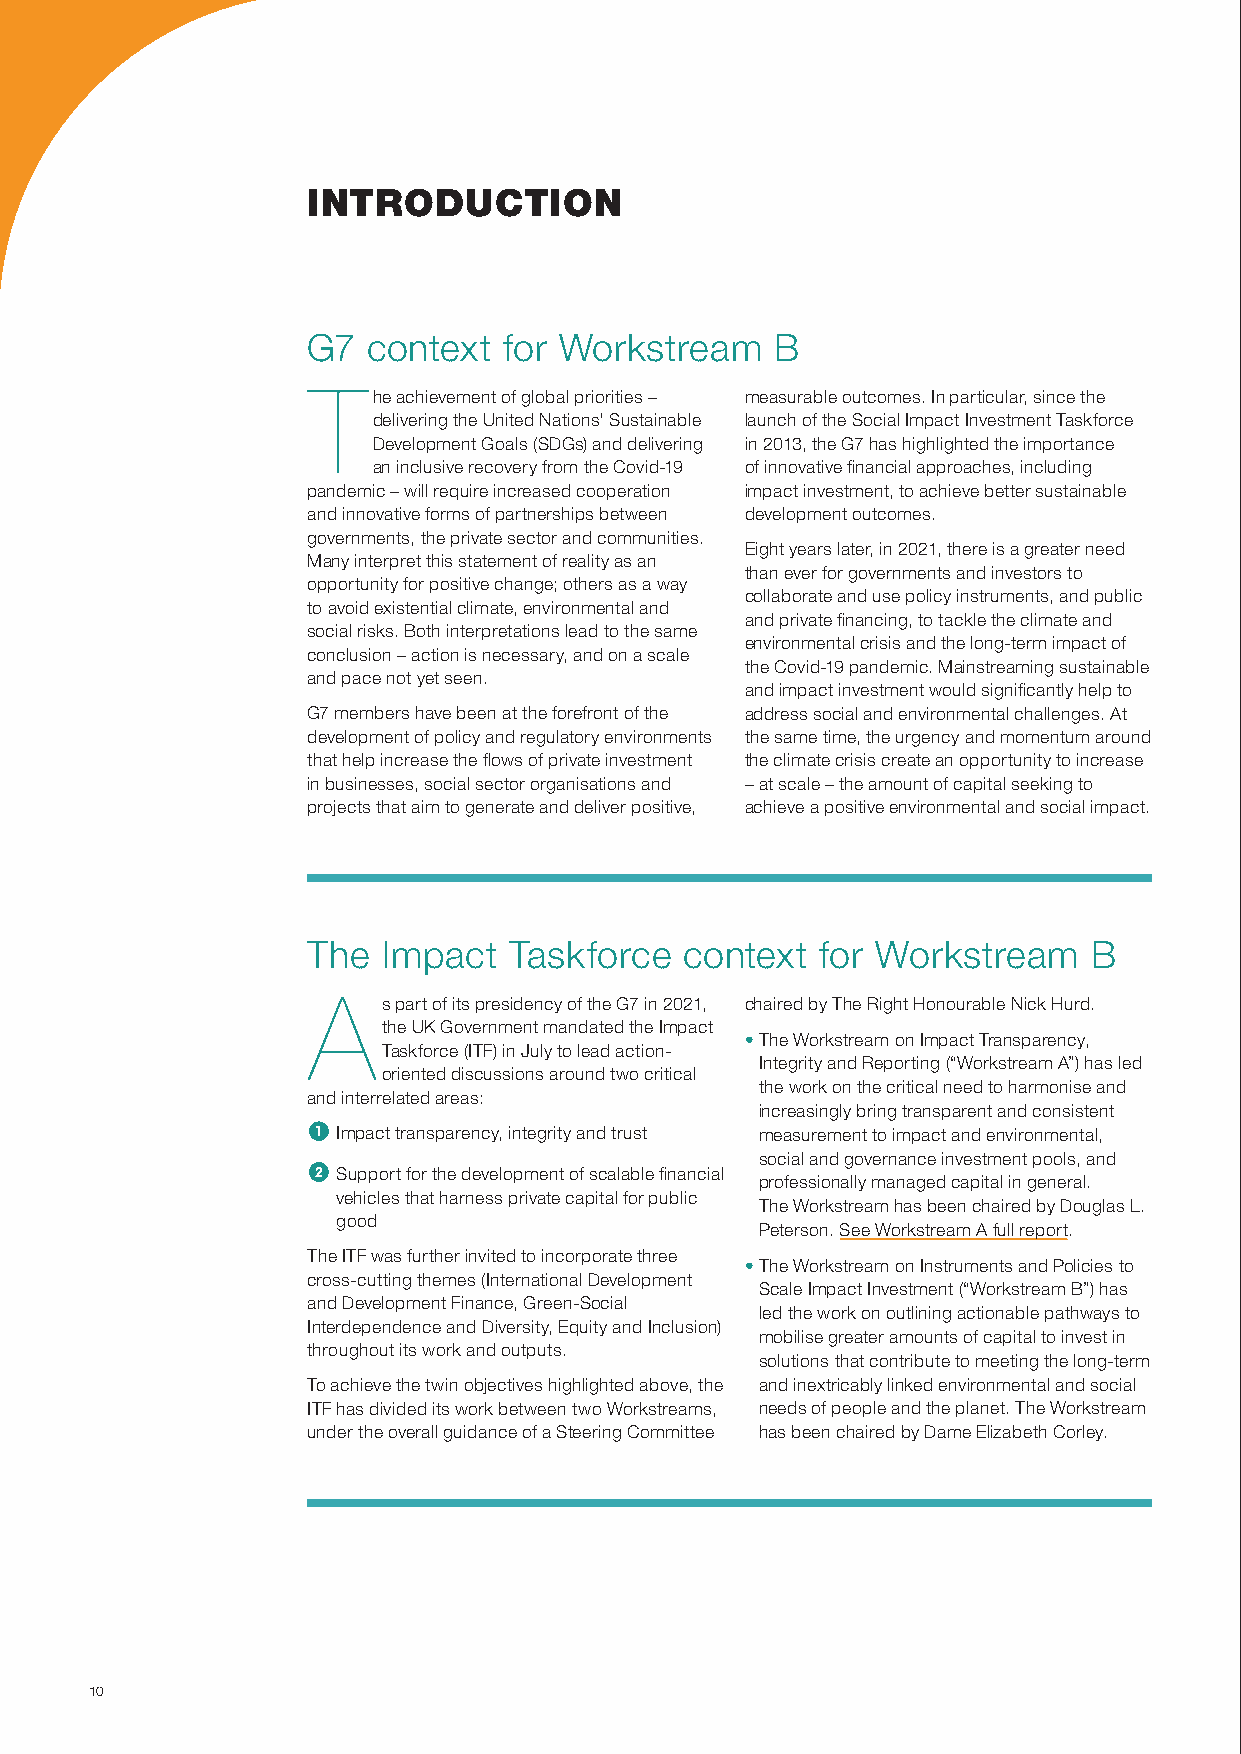
introduCtion
 G7  context  for Workstream    B
 T
 he achievement of global priorities – measurable outcomes. in particular, since the
 delivering the united nations' sustainable launch of the social impact investment taskforce
 development Goals (sdGs) and delivering in 2013, the G7 has highlighted the importance
 an inclusive recovery from the covid-19 of innovative financial approaches, including
 pandemic – will require increased cooperation impact investment, to achieve better sustainable
 and innovative forms of partnerships between development outcomes.
 governments, the private sector and communities.
 eight years later, in 2021, there is a greater need
 many interpret this statement of reality as an
 than ever for governments and investors to
 opportunity for positive change; others as a way
 collaborate and use policy instruments, and public
 to avoid existential climate, environmental and
 and private financing, to tackle the climate and
 social risks. Both interpretations lead to the same
 environmental crisis and the long-term impact of
 conclusion – action is necessary, and on a scale
 the covid-19 pandemic. mainstreaming sustainable
 and pace not yet seen.
 and impact investment would significantly help to
 G7 members have been at the forefront of the address social and environmental challenges. At
 development of policy and regulatory environments the same time, the urgency and momentum around
 that help increase the flows of private investment the climate crisis create an opportunity to increase
 in businesses, social sector organisations and – at scale – the amount of capital seeking to
 projects that aim to generate and deliver positive, achieve a positive environmental and social impact.
 the  impact   taskforce  context  for Workstream    B
 A
 s part of its presidency of the G7 in 2021, chaired by the right honourable nick hurd.
 the uK Government mandated the impact
 • the Workstream on impact transparency,
 taskforce (itF) in July to lead action-
 integrity and reporting (“Workstream A”) has led
 oriented discussions around two critical
 the work on the critical need to harmonise and
 and interrelated areas:
 increasingly bring transparent and consistent
 1 impact transparency, integrity and trust measurement to impact and environmental,
 social and governance investment pools, and
 2 support for the development of scalable financial
 professionally managed capital in general.
 vehicles that harness private capital for public
 the Workstream has been chaired by douglas L.
 good
 peterson. see Workstream A full report.
 the itF was further invited to incorporate three
 • the Workstream on instruments and policies to
 cross-cutting themes (international development
 scale impact investment (“Workstream B”) has
 and development Finance, Green-social
 led the work on outlining actionable pathways to
 interdependence and diversity, equity and inclusion)
 mobilise greater amounts of capital to invest in
 throughout its work and outputs.
 solutions that contribute to meeting the long-term
 to achieve the twin objectives highlighted above, the and inextricably linked environmental and social
 itF has divided its work between two Workstreams, needs of people and the planet. the Workstream
 under the overall guidance of a steering committee has been chaired by dame elizabeth corley.
 10